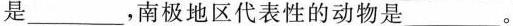
是___，南极地区代表性的动物是___。